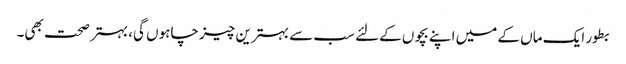
بطور ایک ماں کے میں اپنے بچوں کےلئے سب سے بہترین چیز چاہوں گی، بہتر صحت بھی۔